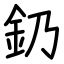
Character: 釢